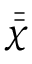
\bar { \bar { \chi } }